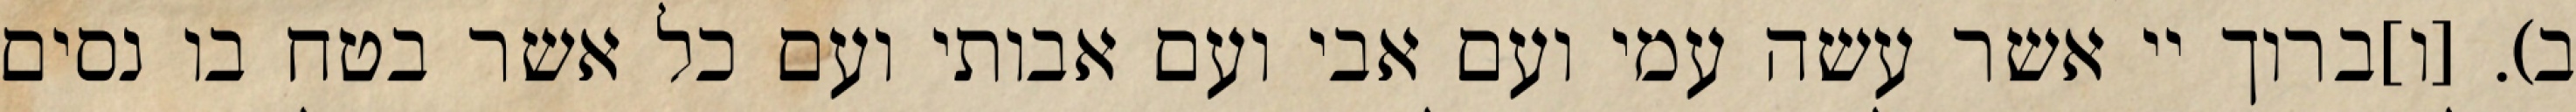
ב). [ו]ברוך יי אשר עשה עמי ועם אבי ועם אבותי ועם כל אשר בטח בו נסים